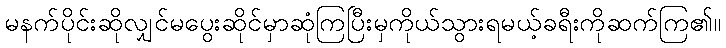
မနက်ပိုင်းဆိုလျှင်မပွေးဆိုင်မှာဆုံကြပြီးမှကိုယ်သွားရမယ့်ခရီးကိုဆက်ကြ၏။